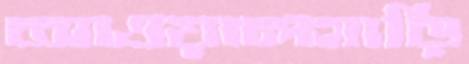
আওয়ালগাড়ি